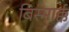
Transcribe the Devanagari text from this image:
बिस्मार्क्क